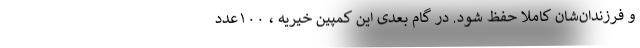
و فرزندان‌شان کاملا حفظ شود. در گام بعدی این کمپین خیریه ، ۱۰۰عدد